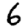
Digit: 6